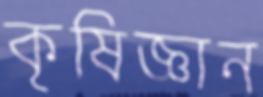
কৃষিজ্ঞান